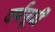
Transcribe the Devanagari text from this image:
वर्षपूर्वी